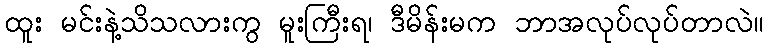
ထူး မင်းနဲ့သိသလားကွ မူးကြီးရ၊ ဒီမိန်းမက ဘာအလုပ်လုပ်တာလဲ။